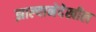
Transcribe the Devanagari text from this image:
झाल्यानेदेखील